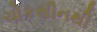
ચોકસીનથી